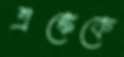
এঙ্কেকে